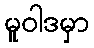
မူဝါဒမှာ